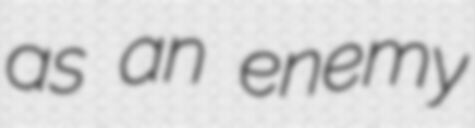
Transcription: as an enemy